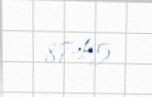
8745